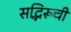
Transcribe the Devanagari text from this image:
सद्भिरूची